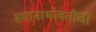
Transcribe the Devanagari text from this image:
स्थानाभोवतीची